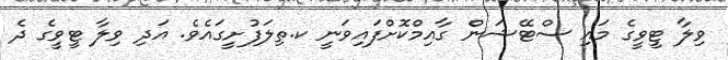
ވިލާ ޓީވީގެ މައި ސްޓޭޝަން ގާއިމްކޮށްފައިވަނީ ކ.ތިލަފުށީގައެވެ. އަދި ވިލާ ޓީވީގެ ދެ